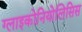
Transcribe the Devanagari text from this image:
ग्लाइकोनियोलिसिस